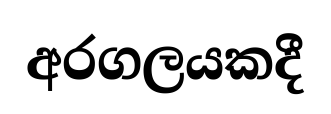
අරගලයකදී